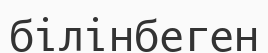
білінбеген